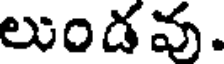
లుండవు.